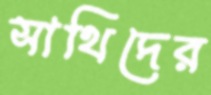
সাথিদের